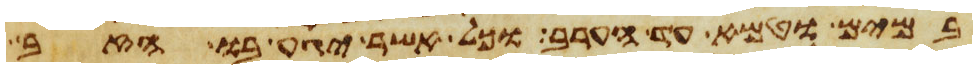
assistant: במים וטמא עד הערב וכל אשר יגע בו הזב